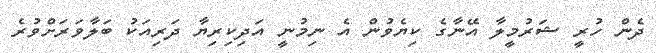
ދެން ހުރީ ޝަރުމީލާ އޭނާގެ ކިޔެވުން އެ ނިމުނީ އަދިކިރިޔާ ދަރިއަކު ބަލާވަރަށްވުރެ